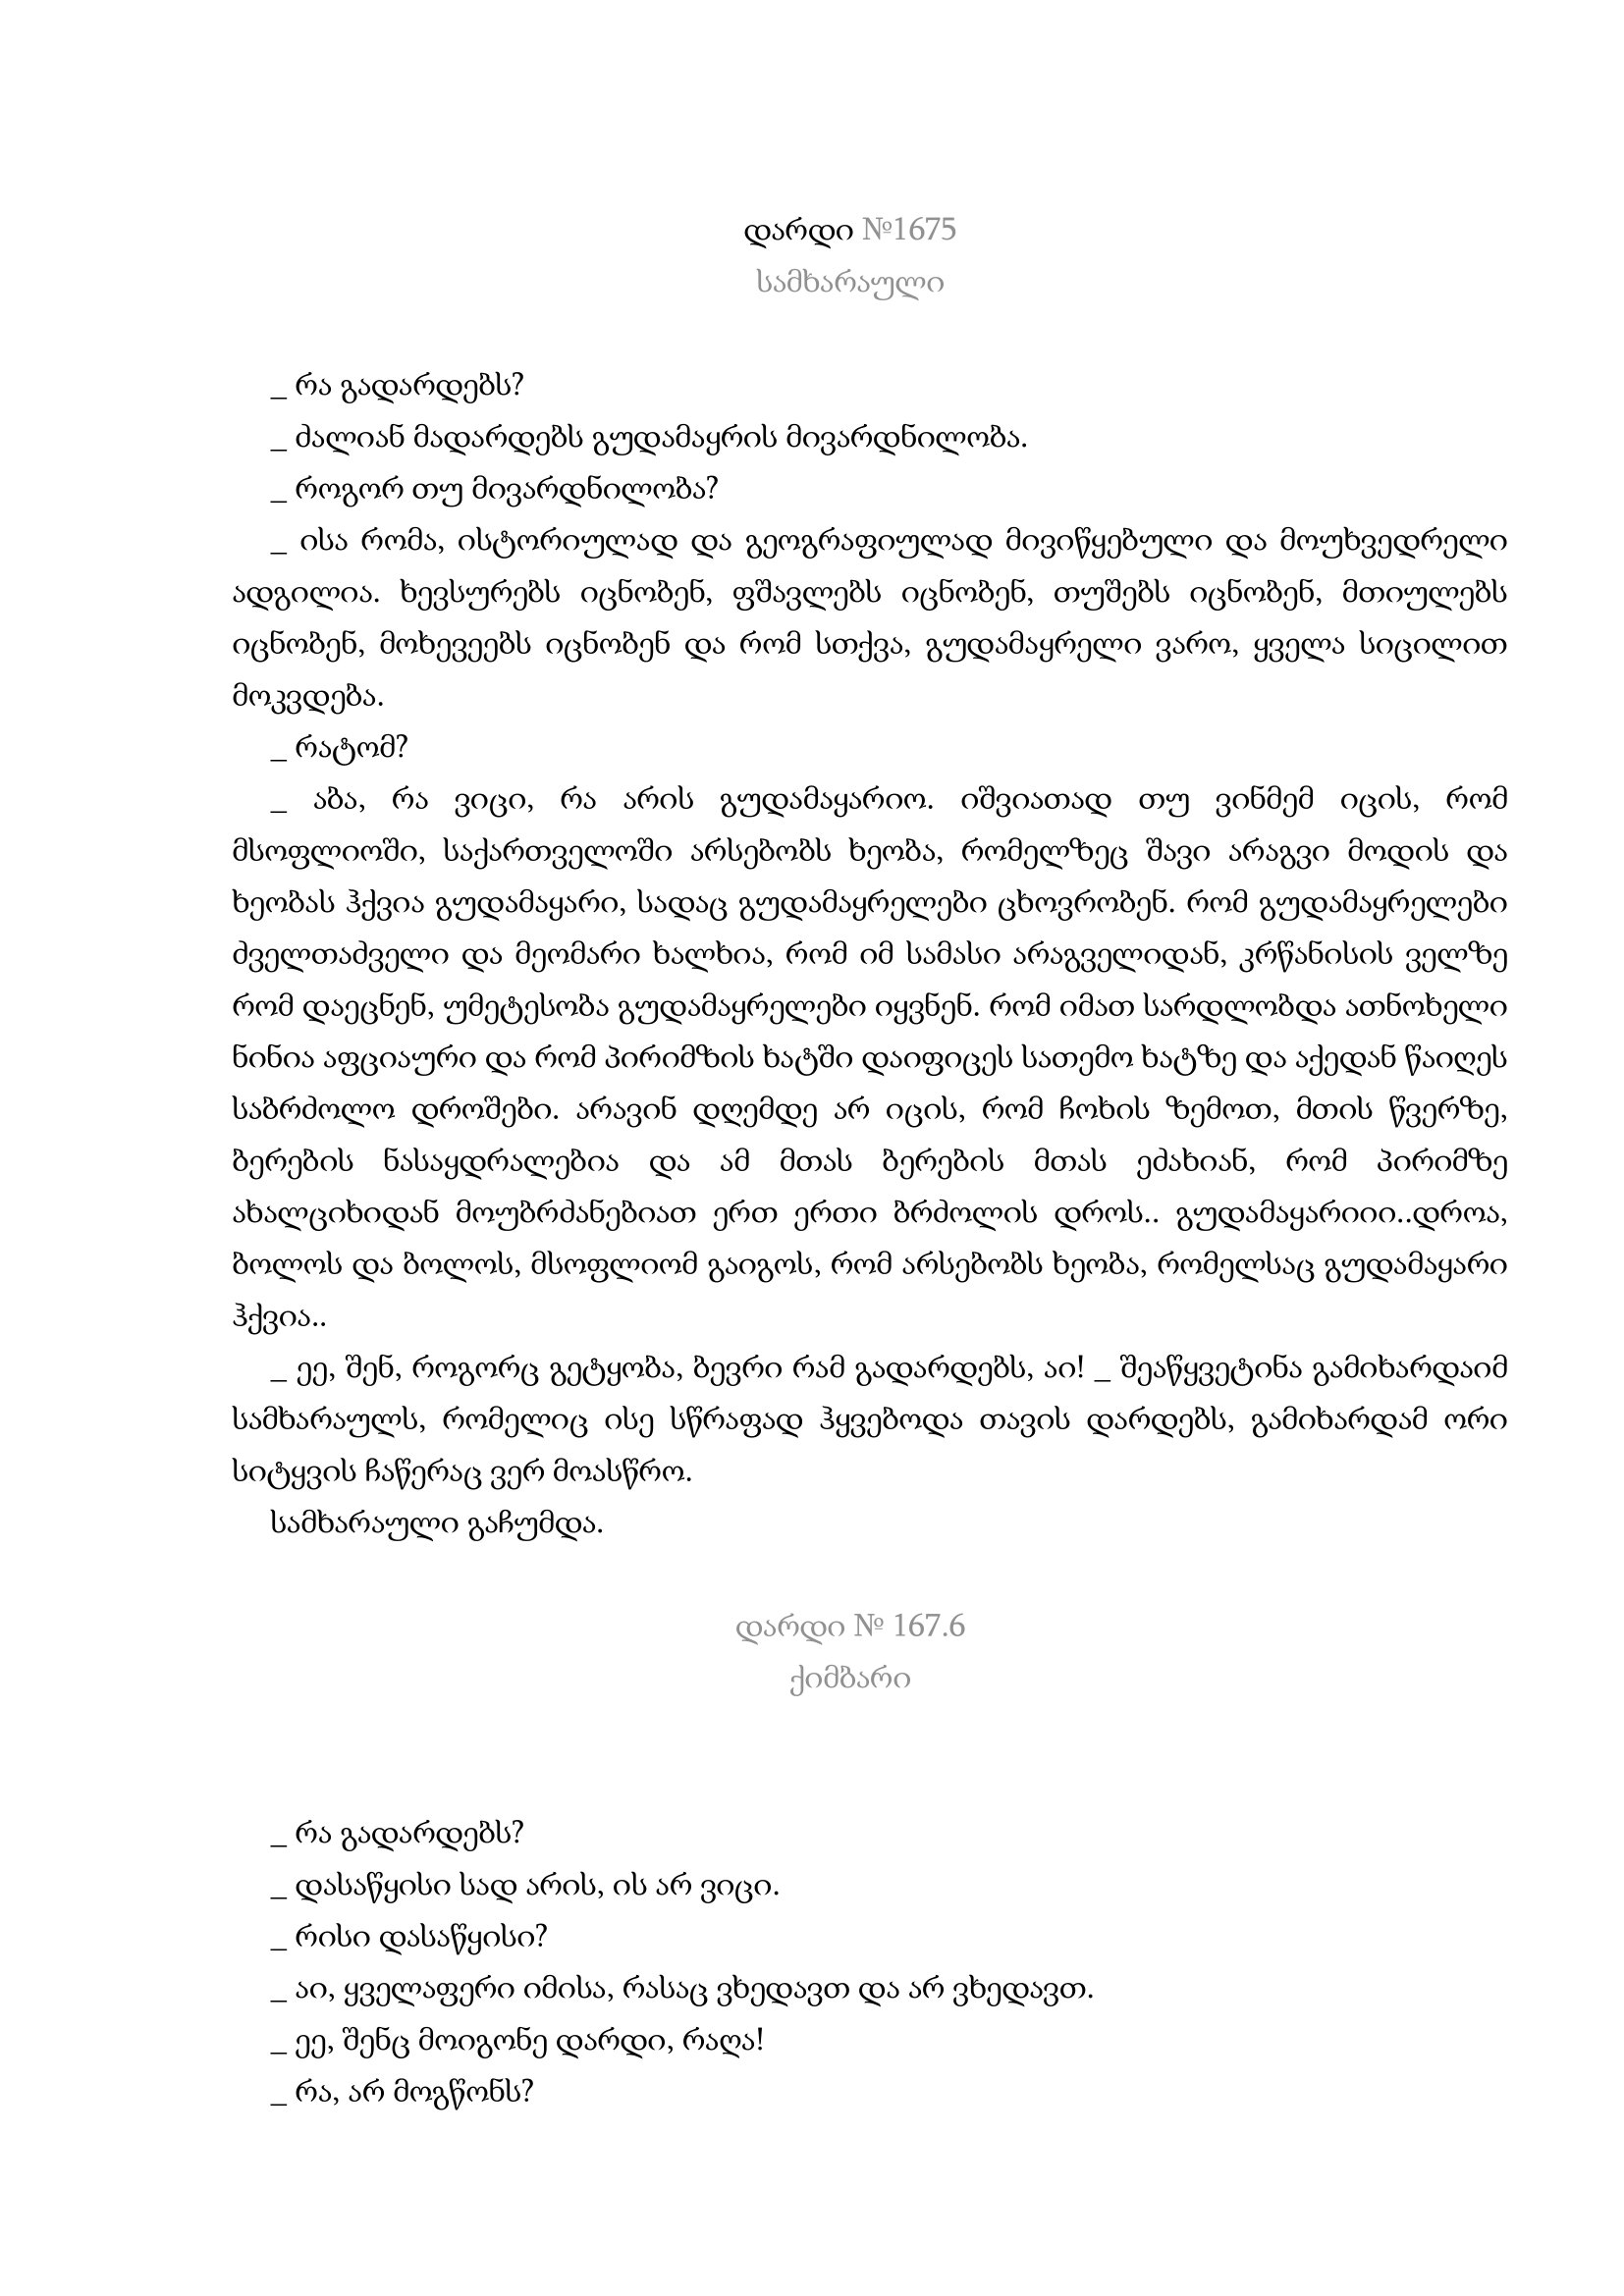
Language: gr